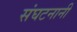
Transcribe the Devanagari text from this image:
संघटनानी